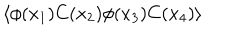
\langle \phi ( x _ { 1 } ) C ( x _ { 2 } ) \phi ( x _ { 3 } ) C ( x _ { 4 } ) \rangle